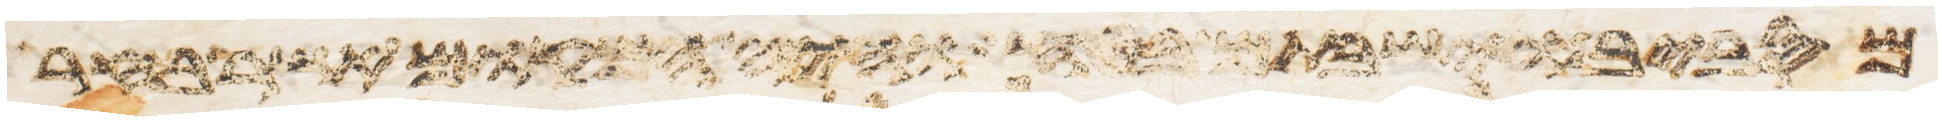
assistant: מסביב וישבתם בטח והיה המקום אשר בחר